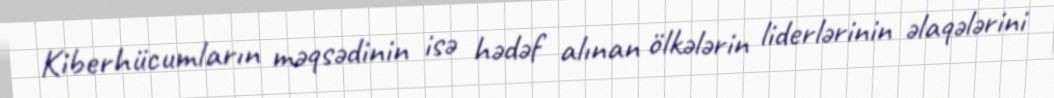
Kiberhücumların məqsədinin isə hədəf alınan ölkələrin liderlərinin əlaqələrini